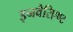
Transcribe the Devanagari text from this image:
इनवैरिएण्ट